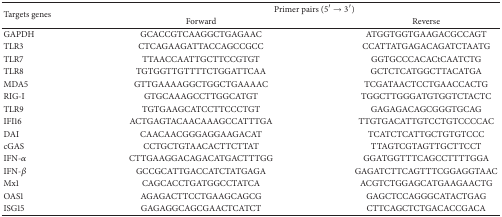
| <ROWSPAN=2> Targets genes | <COLSPAN=2> Primer pairs (5′ → 3′) |
 | Forward | Reverse |
 | --- | --- | --- |
 | GAPDH | GCACCGTCAAGGCTGAGAAC | ATGGTGGTGAAGACGCCAGT |
 | TLR3 | CTCAGAAGATTACCAGCCGCC | CCATTATGAGACAGATCTAATG |
 | TLR7 | TTAACCAATTGCTTCCGTGT | GGTGCCCACACtCAATCTG |
 | TLR8 | TGTGGTTGTTTTCTGGATTCAA | GCTCTCATGGCTTACATGA |
 | MDA5 | GTTGAAAAGGCTGGCTGAAAAC | TCGATAACTCCTGAACCACTG |
 | RIG-I | GTGCAAAGCCTTGGCATGT | TGGCTTGGGATGTGGTCTACTC |
 | TLR9 | TGTGAAGCATCCTTCCCTGT | GAGAGACAGCGGGTGCAG |
 | IFI16 | ACTGAGTACAACAAAGCCATTTGA | TTGTGACATTGTCCTGTCCCCAC |
 | DAI | CAACAACGGGAGGAAGACAT | TCATCTCATTGCTGTGTCCC |
 | cGAS | CCTGCTGTAACACTTCTTAT | TTAGTCGTAGTTGCTTCCT |
 | IFN-α | CTTGAAGGACAGACATGACTTTGG | GGATGGTTTCAGCCTTTTGGA |
 | IFN-β | GCCGCATTGACCATCTATGAGA | GAGATCTTCAGTTTCGGAGGTAAC |
 | Mx1 | CAGCACCTGATGGCCTATCA | ACGTCTGGAGCATGAAGAACTG |
 | OAS1 | AGAGACTTCCTGAAGCAGCG | GAGCTCCAGGGCATACTGAG |
 | ISG15 | GAGAGGCAGCGAACTCATCT | CTTCAGCTCTGACACCGACA |